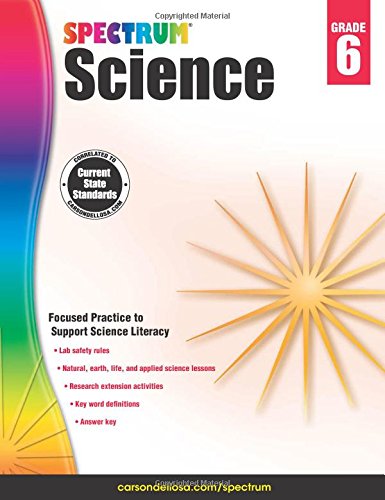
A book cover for Spectrum Science, Grade 6; Children's Books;